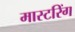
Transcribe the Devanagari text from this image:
मास्‍टरिंग